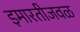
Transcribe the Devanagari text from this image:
इमारतीजवळ